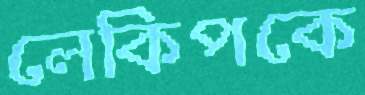
লেকিপকে